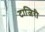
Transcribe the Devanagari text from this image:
टाजिरी